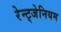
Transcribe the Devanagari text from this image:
रेन्ट्जेनियम